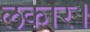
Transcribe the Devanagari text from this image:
लकार।